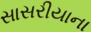
સાસરીયાના